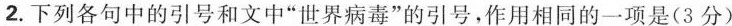
2.下列各句中的引号和文中”世界病毒”的引号，作用相同的一项是(3分)